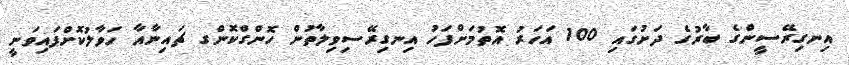
އިނގިރޭސީންގެ ބާރުގެ ދަށުގައި 100 އަހަރު އޮތުމަށްފަހު އިނގިރޭސިވިލާތުން ހޮންގްކޮންގ ޗައިނާއާ ހަވާލުކޮށްފައިވަނީ